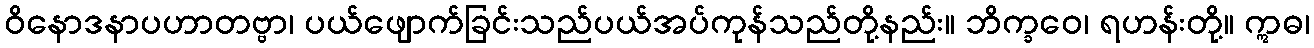
ဝိနောဒနာပဟာတဗ္ဗာ၊ ပယ်ဖျောက်ခြင်းသည်ပယ်အပ်ကုန်သည်တို့နည်း။ ဘိက္ခဝေ၊ ရဟန်းတို့။ ဣဓ၊